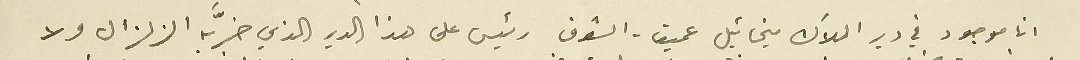
انا موجود في دير الملاك ميخائيل عميق-الشوف رئيس على هذا الدير الذي خرَّبه الزلزال ولا